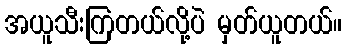
အယူသီးကြတယ်လို့ပဲ မှတ်ယူတယ်။